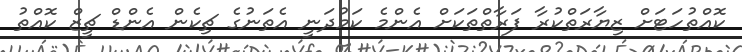
ކޮއްތުހަޓަށް ޒިޔާރަތްކުރާ ފަރާތްތަކަށް އެންމެ ކަމުދަނީ އެތަނުގެ ޗިކެން އެންޑް ޗީޒް ކޮއްތު